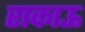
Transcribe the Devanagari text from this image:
राकाऊ